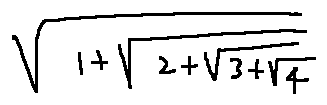
\sqrt { 1 + \sqrt { 2 + \sqrt { 3 + \sqrt { 4 } } } }